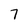
Character: 7